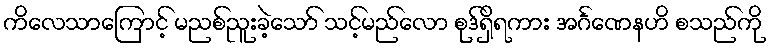
ကိလေသာကြောင့် မညစ်ညူးခဲ့သော် သင့်မည်လော စုဒ်ရှိရကား အင်္ဂဏေနဟိ စသည်ကို